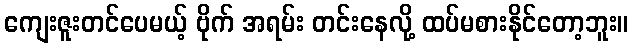
ကျေးဇူးတင်ပေမယ့် ဗိုက် အရမ်း တင်းနေလို့ ထပ်မစားနိုင်တော့ဘူး။